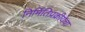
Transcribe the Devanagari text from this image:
निर्मितिप्रक्रीयेचा